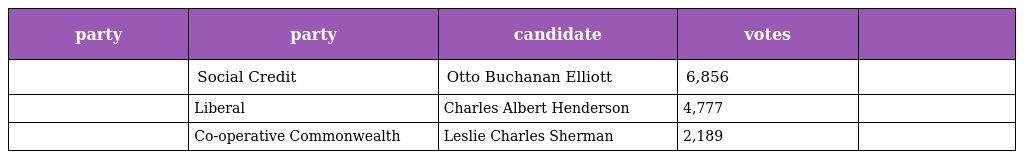
| party | party | candidate | votes |  |
 | --- | --- | --- | --- | --- |
 |  | Social Credit | Otto Buchanan Elliott | 6,856 |  |
 |  | Liberal | Charles Albert Henderson | 4,777 |  |
 |  | Co-operative Commonwealth | Leslie Charles Sherman | 2,189 |  |